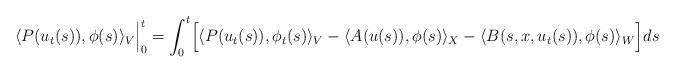
LaTeX: \begin{align*} \langle P(u_t(s)), \phi(s)\rangle_V \Bigr|^t_0 = \int^t_0 \Bigl[ \langle P(u_t(s)) , \phi_t(s) \rangle_V -\langle A(u(s)) , \phi(s) \rangle_X - \langle B(s , x, u_t(s)) , \phi(s) \rangle_W \Bigr] ds \end{align*}